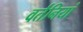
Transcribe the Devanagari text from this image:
वर्तनियां